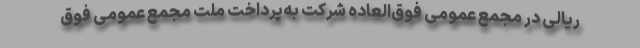
ریالی در مجمع عمومی فوق‌العاده شرکت به‌پرداخت ملت مجمع عمومی فوق‌